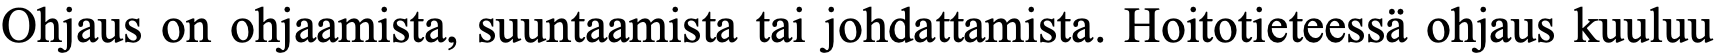
Ohjaus on ohjaamista, suuntaamista tai johdattamista. Hoitotieteessä ohjaus kuuluu